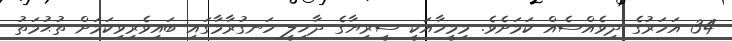
34 އަހަރުގެ ދިވެއްސެއް ކަމަށެވެ. މިމީހާއަކީ ސީރިޔާގެ ދާޚިލީ ހަނގުރާމާގައި ބައިވެރިވިކަމަށް ތުޙުމަތު